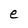
Character: e